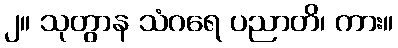
၂။ သုတွာန သံဂရေ ပညာတိ၊ ကား။